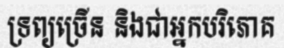
ទ្រព្យច្រើន និងជាអ្នកបរិភោគ